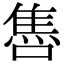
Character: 𨿞